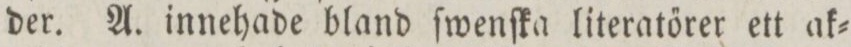
der. A. innehade bland ſwenſka literatőrer ett ak=